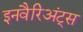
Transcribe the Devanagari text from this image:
इनवैरिअंट्स